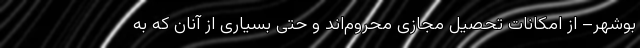
بوشهر– از امکانات تحصیل مجازی محروم‌اند و حتی بسیاری از آنان که به